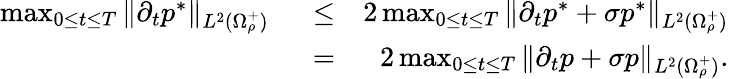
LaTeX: \begin{array}{rlr}{\operatorname*{max}_{0\leq t\leq T}\| \partial_{t}p^{*}\| _{L^{2}(\Omega_{\rho}^{+})}\; \; }&{\leq}&{2\operatorname*{max}_{0\leq t\leq T}\| \partial_{t}p^{*}+\sigma p^{*}\| _{L^{2}(\Omega_{\rho}^{+})}}\\ &{=}&{2\operatorname*{max}_{0\leq t\leq T}\| \partial_{t}p+\sigma p\| _{L^{2}(\Omega_{\rho}^{+})}.}\end{array}